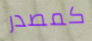
كمصدر